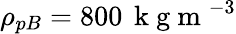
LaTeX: \rho_{pB}=800\, \mathrm{~k~g~m~}^{-3}